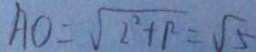
A O = \sqrt { 2 ^ { 2 } + 1 ^ { 2 } } = \sqrt { 5 }